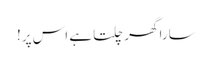
سارا گھر چلتا ہے اس پر!